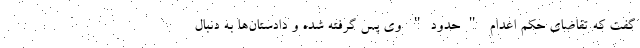
گفت که تقاضای حکم اعدام "حدود" وی پس گرفته شده و دادستان‌ها به دنبال